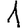
Digit: 1